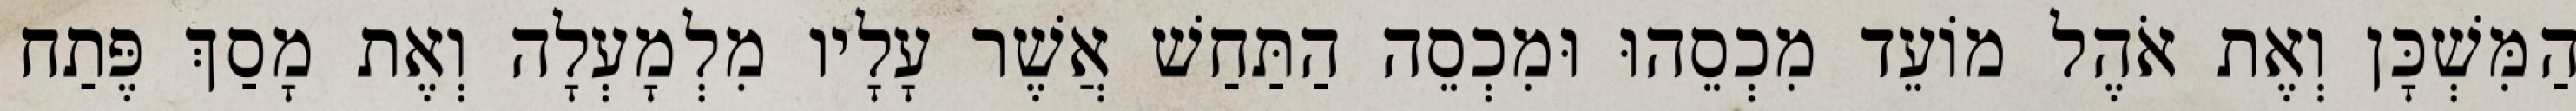
הַמִּשְׁכָּן וְאֶת אֹהֶל מוֹעֵד מִכְסֵהוּ וּמִכְסֵה הַתַּחַשׁ אֲשֶׁר עָלָיו מִלְמָעְלָה וְאֶת מָסַךְ פֶּתַח